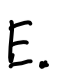
Text: E.
Cross-out: clean
Writing tool: digital_black